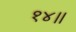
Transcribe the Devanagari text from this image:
१४॥